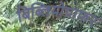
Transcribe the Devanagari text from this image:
बिब्लियोग्राफर